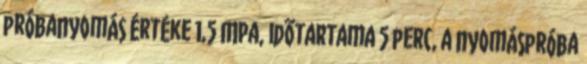
próbanyomás értéke 1,5 MPa, idõtartama 5 perc, a nyomáspróba